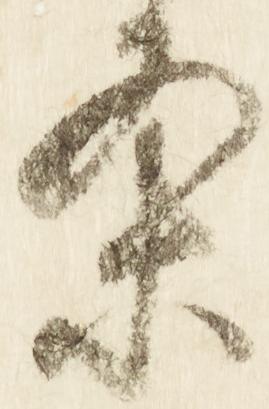
条